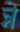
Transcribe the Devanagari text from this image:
न्ने